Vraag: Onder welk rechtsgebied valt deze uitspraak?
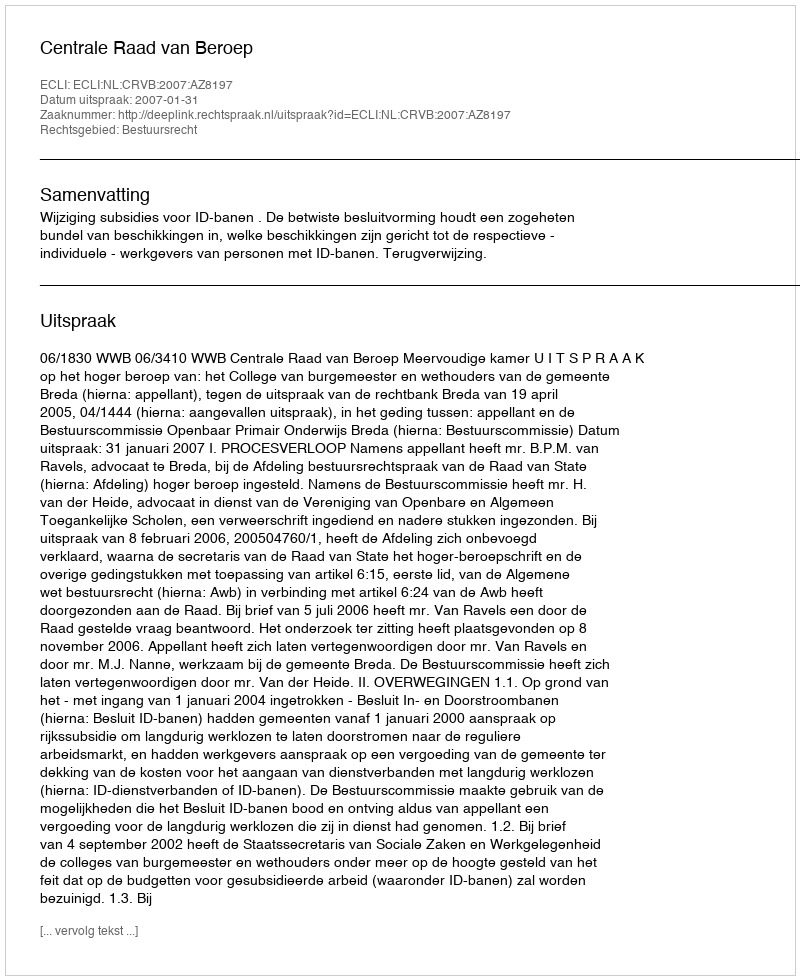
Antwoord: Bestuursrecht